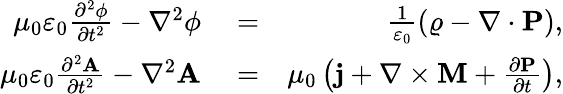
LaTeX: \begin{array}{rlr}{\mu_{0}\varepsilon_{0}\frac{\partial^{2}\phi}{\partial t^{2}}-\nabla^{2}\phi}&{{}=}&{\frac{1}{\varepsilon_{0}}\left(\varrho-\nabla\cdot\mathbf{P}\right),}\\ {\mu_{0}\varepsilon_{0}\frac{\partial^{2}\mathbf{A}}{\partial t^{2}}-\nabla^{2}\mathbf{A}}&{{}=}&{\mu_{0}\left(\mathbf{j}+\nabla\times\mathbf{M}+\frac{\partial\mathbf{P}}{\partial t}\right),}\end{array}